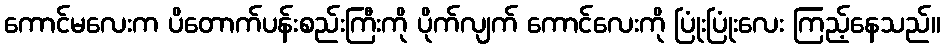
ကောင်မလေးက ပိတောက်ပန်းစည်းကြီးကို ပိုက်လျက် ကောင်လေးကို ပြုံးပြုံးလေး ကြည့်နေသည်။